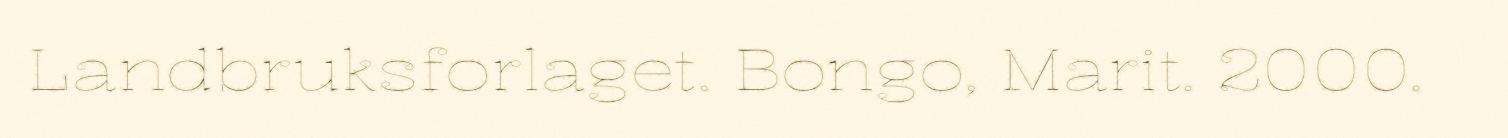
Landbruksforlaget. Bongo, Marit. 2000.